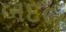
બદલ